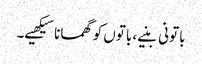
باتونی بنیے، باتوں کو گھمانا سیکھیے۔